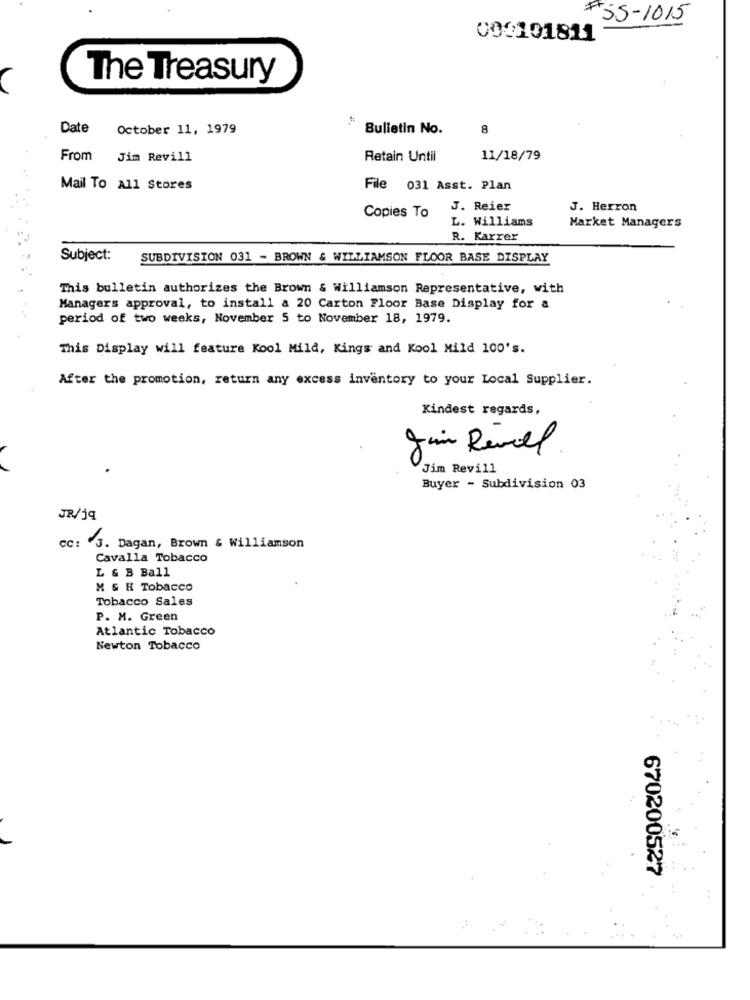
#55-1015
000101811
The Treasury
Date
October 11, 1979
Bulletin No.
8
From Jim Revill
Retain Until
11/18/79
Mail To All Stores
File 031 Asst. Plan
Copies To
J. Reier
J. Herron
L. Williams
Market Managers
R. Karrer
Subject:
SUBDIVISION 031 - BROWN & WILLIAMSON FLOOR BASE DISPLAY
This bulletin authorizes the Brown & Williamson Representative, with
Managers approval, to install a 20 Carton Floor Base Display for a
period of two weeks, November 5 to November 18, 1979.
This Display will feature Kool Mild, Kings and Kool Mild 100's.
After the promotion, return any excess inventory to your Local Supplier.
Kindest regards,
Jan Rével
Jim Revill
Buyer - Subdivision 03
JR/jq
cc: 3. Dagan, Brown & Williamson
Cavalla Tobacco
L & B Ball
M & H Tobacco
Tobacco Sales
P. M. Green
Atlantic Tobacco
Newton Tobacco
670200527